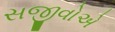
સજીવોએ